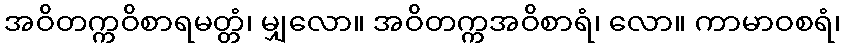
အဝိတက္ကဝိစာရမတ္တံ၊ မျှလော။ အဝိတက္ကအဝိစာရံ၊ လော။ ကာမာဝစရံ၊